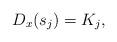
LaTeX: \begin{align*} D_x(s_j)=K_j,\end{align*}